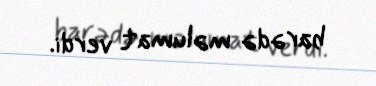
barədə məlumat verdi.